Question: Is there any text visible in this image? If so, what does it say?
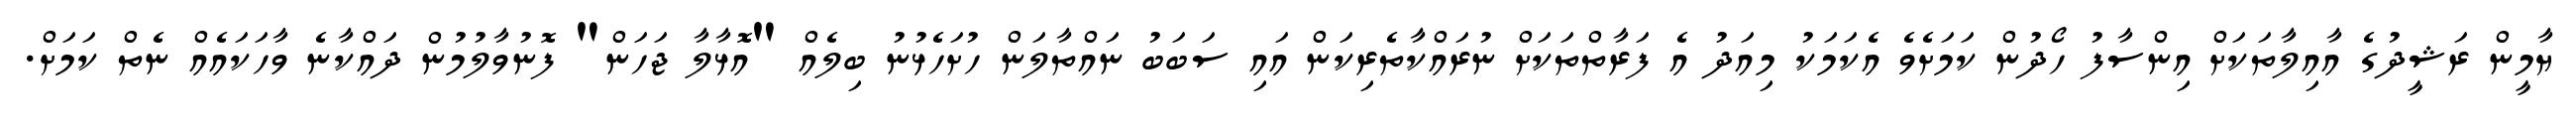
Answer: ޔާމީން ރަޝީދުގެ އާއިލާތަކަށް އިންސާފު ހޯދުން ކަމަށެވެ އެކަމަކު މިއަދު އެ ފަރާތްތަކަށް ނުރައްކާތެރިކަން އައި ސަބަބު ނައްތާލަން ހުށަހެޅުނު ބިލެއް "އޮޅާލާ ޖަހަން" ފޮނުވާލުމުން ދައްކާނެ ވާހަކައެއް ނެތް ކަމަށް.